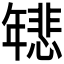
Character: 𫷞